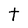
Character: t